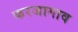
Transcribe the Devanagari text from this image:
करजागाव